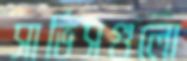
সার্ভিসগুলো